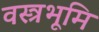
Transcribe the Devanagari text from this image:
वस्त्रभूमि